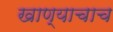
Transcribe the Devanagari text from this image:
खाण्याचाच